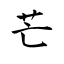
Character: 芒